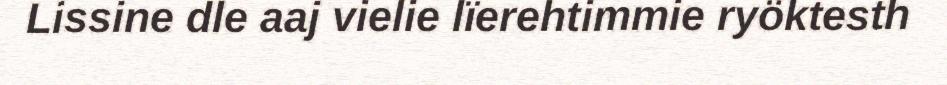
Lissine dle aaj vielie lïerehtimmie ryöktesth